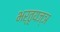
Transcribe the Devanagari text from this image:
भर्तृयज्ञ